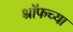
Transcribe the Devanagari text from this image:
श्रॉफच्या